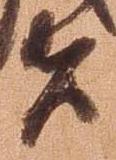
者